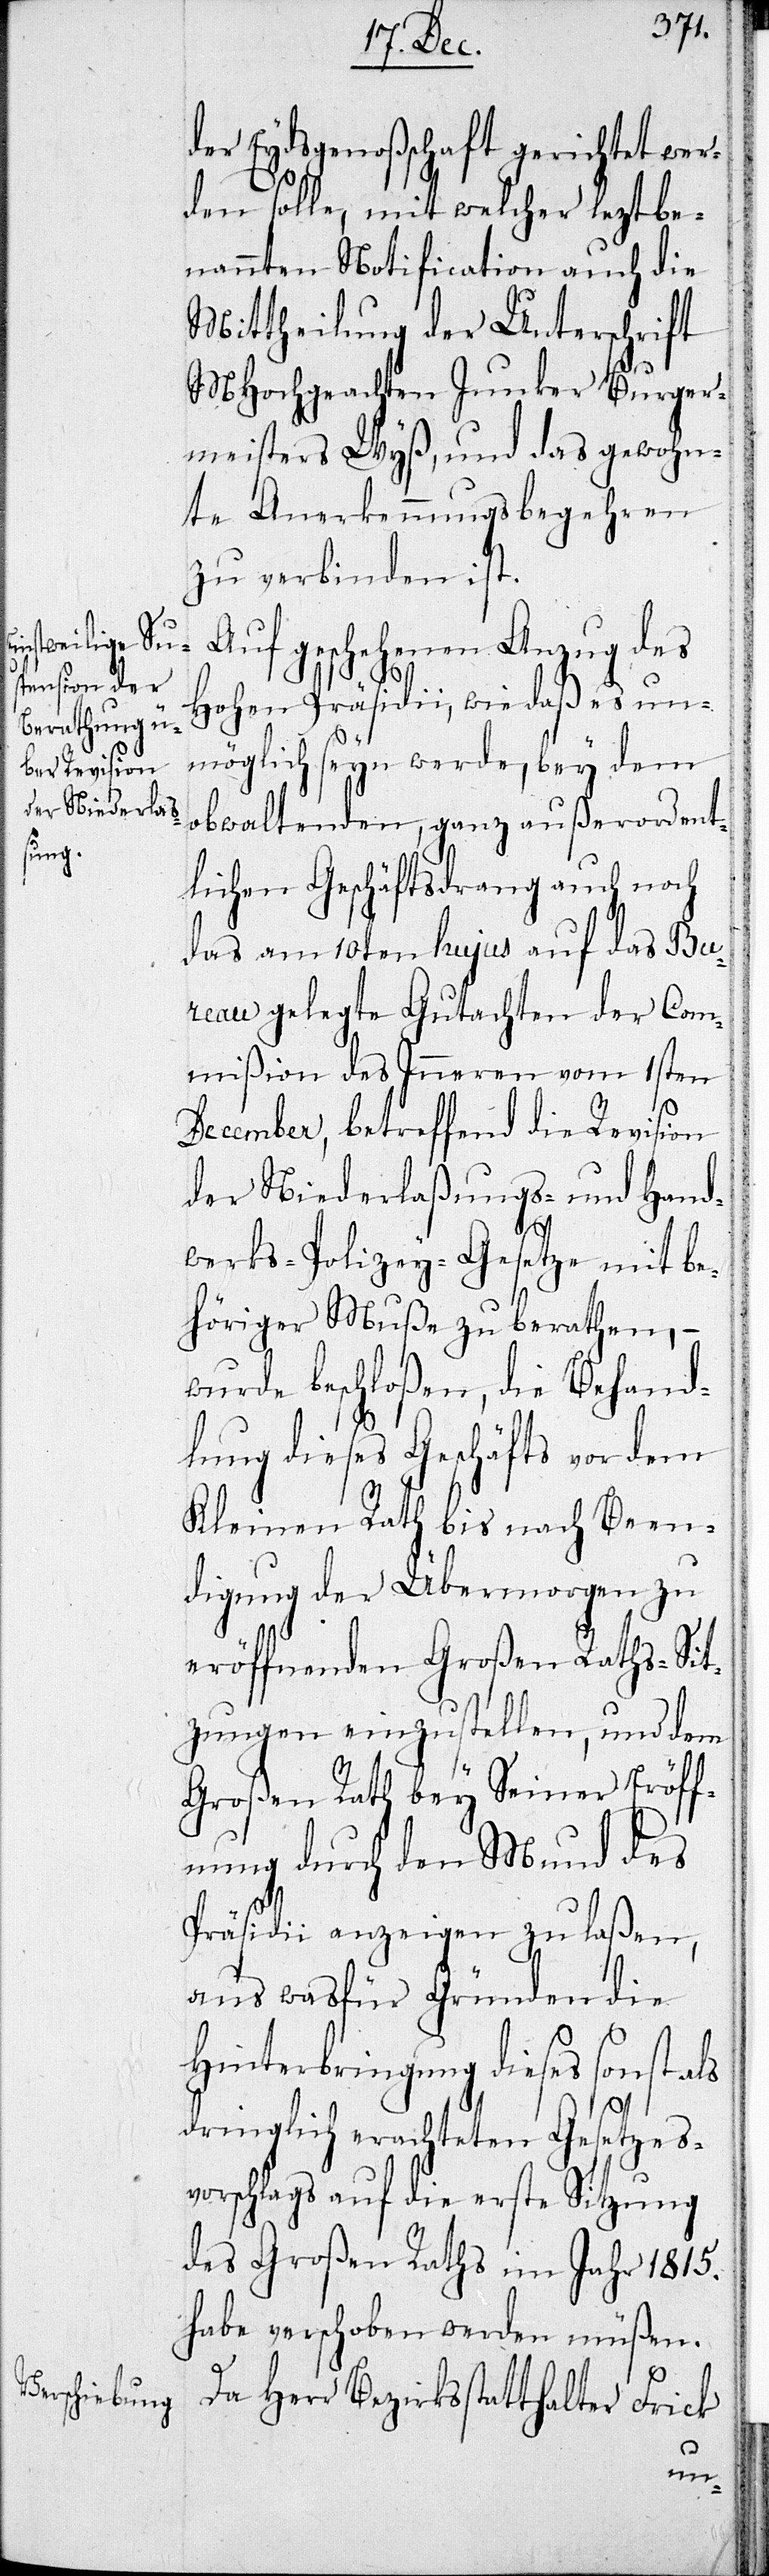
der Eydsgenoßschaft gerichtet wer¬
den solle, mit welcher lezt be¬
nannten Notification auch die
Mittheilung der Unterschrift
MHochgeachten Junker Burger¬
meister Wyß, und das gewohn¬
te Anerkennungsbegehren
zu verbinden ist.
Auf geschehenen Anzug des
Hohen Präsidii, wie daß es un¬
möglich seyn werde, bey dem
obwaltenden, ganz außerordent¬
lichen Geschäftsdrang auch noch
das am 10ten hujus auf das Bu¬
reau gelegte Gutachten der Com¬
mißion des Inneren vom 1sten
December, betreffend die Revision
der Niederlaßungs- und Hand¬
werks-Polizey-Gesetze mit be¬
höriger Muße zu berathen, –
wurde beschloßen, die Behand¬
lung dieses Geschäfts vor dem
Kleinen Rath bis nach Been¬
digung der Übermorgen zu
eröffnenden Großen Raths-Sit¬
zungen einzustellen, und dem
Großen Rath bey seiner Eröff¬
nung durch den Mund des
Präsidii anzeigen zu laßen,
aus was für Gründen die
Hinterbringung dieses sonst als
dringlich erachteten Gesetzes¬
vorschlags auf die erste Sitzung
des Großen Raths im Jahr 1815.
habe verschoben werden müßen.
Da Herr Bezirksstatthalter Frick